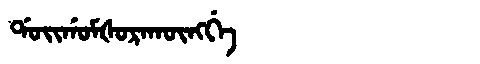
Manchu: ᡩᠣᡳᡤᠣᠮᡧᠣᡵᠠᡴᡡᠩᡤᡝ
Romanization: DOIGOMŠORAKŪNGGE